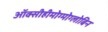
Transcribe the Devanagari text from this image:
ऑक्सीहीमोग्मोग्लोबिन